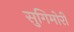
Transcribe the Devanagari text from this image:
सुगिमोरी